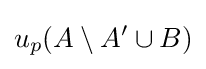
u_{p}(A\setminus A'\cup B)